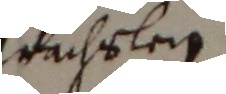
wühslen.